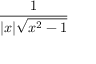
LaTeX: \frac { 1 } { | x | { \sqrt { x ^ { 2 } - 1 } } }